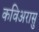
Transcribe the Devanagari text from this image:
कविअरासु